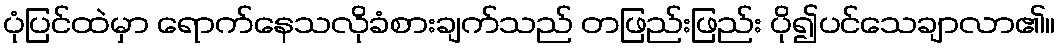
ပုံပြင်ထဲမှာ ရောက်နေသလိုခံစားချက်သည် တဖြည်းဖြည်း ပို၍ပင်သေချာလာ၏။